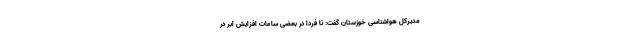
مدیرکل هواشناسی خوزستان گفت: تا فردا در بعضی ساعات افزایش ابر در